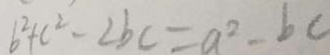
b ^ { 2 } + c ^ { 2 } - 2 b c = a ^ { 2 } - b c